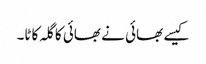
کیسے بھائی نے بھائی کا گلہ کاٹا۔